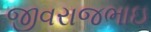
જીવરાજભાઇ